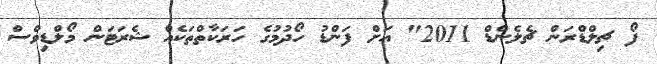
ފޯ ޗިލްޑްރަން ޗެލެންޑް 2011" އަށް ފަންޑު ހޯދުމުގެ ހަރަކާތްތަކެއް ޝެރަޓަން މޯލްޑިވްސް